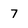
Character: 7